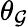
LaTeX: \theta_{\mathcal{G}}